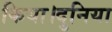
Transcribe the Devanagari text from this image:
किया।दुनिया